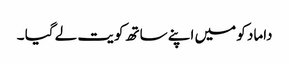
داماد کو میں اپنے ساتھ کویت لے گیا ۔